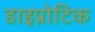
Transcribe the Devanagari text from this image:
डाइप्रोटिक